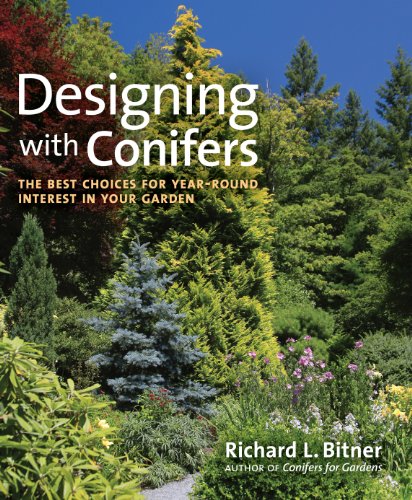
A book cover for Designing with Conifers: The Best Choices for Year-Round Interest in Your Garden; Richard L. Bitner; Crafts, Hobbies & Home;